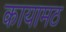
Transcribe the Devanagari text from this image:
कायामठ